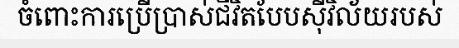
ចំពោះការប្រើប្រាស់ជីវិតបែបស៊ីវិល័យរបស់